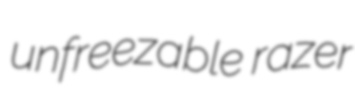
unfreezable razer